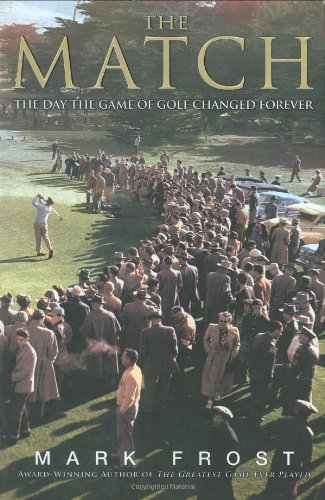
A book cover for The Match: The Day the Game of Golf Changed Forever; Mark Frost; Sports & Outdoors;